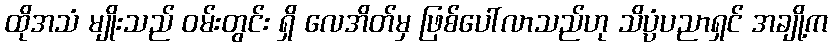
ထိုအသံ မျိုးသည် ဝမ်းတွင်း ရှိ လေအိတ်မှ ဖြစ်ပေါ်လာသည်ဟု သိပ္ပံပညာရှင် အချို့က